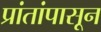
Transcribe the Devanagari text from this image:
प्रांतांपासून